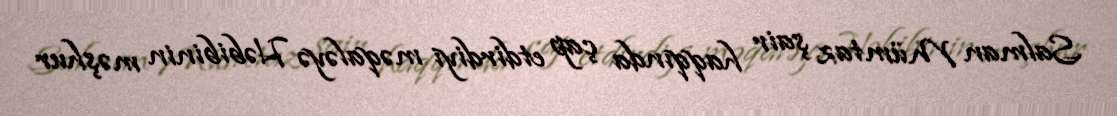
Salman Mümtaz şair haqqında çap etdirdiyi məqaləyə Həbibinin məşhur